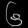
Digit: ၆